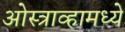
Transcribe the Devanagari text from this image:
ओस्त्राव्हामध्ये